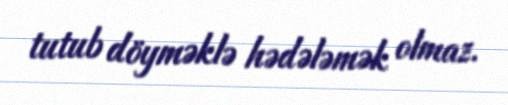
tutub döyməklə hədələmək olmaz.